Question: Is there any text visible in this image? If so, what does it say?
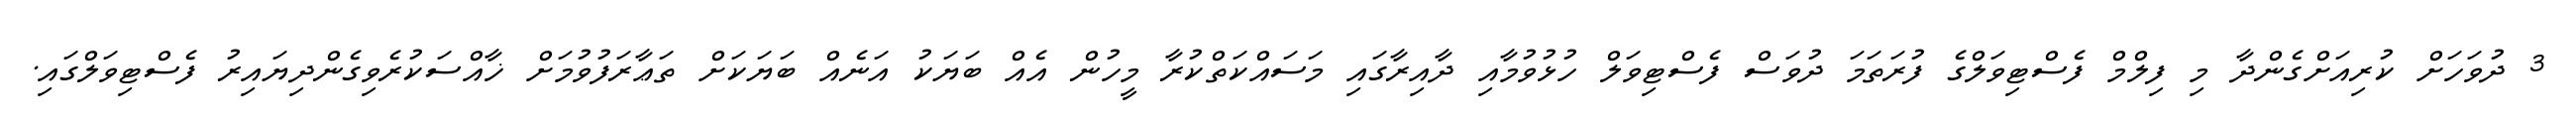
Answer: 3 ދުވަހަށް ކުރިއަށްގެންދާ މި ފިލްމް ފެސްޓިވަލްގެ ފުރަތަމަ ދުވަސް ފެސްޓިވަލް ހުޅުވުމާއި ދާއިރާގައި މަސައްކަތްކުރާ މީހުން އެއް ބަޔަކު އަނެއް ބަޔަކަށް ތަޢާރަފުވުމަށް ޚާއްސަކުރެވިގެންދިޔައިރު ފެސްޓިވަލްގައި.